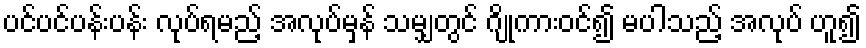
ပင်ပင်ပန်းပန်း လုပ်ရမည့် အလုပ်မှန် သမျှတွင် ဂျိုကားဝင်၍ မပါသည့် အလုပ် ဟူ၍